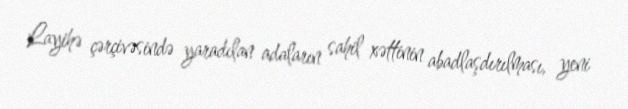
Layihə çərçivəsində yaradılan adaların sahil xəttinin abadlaşdırılması, yeni